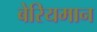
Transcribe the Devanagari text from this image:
बेरियमान